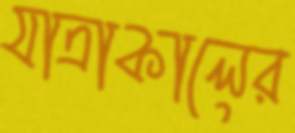
যাত্রাকালের